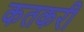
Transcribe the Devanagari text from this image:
कतकरी